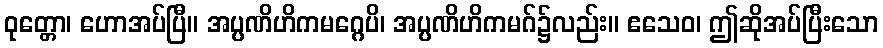
ဝုတ္တော၊ ဟောအပ်ပြီ။ အပ္ပဏိဟိကမဂ္ဂေပိ၊ အပ္ပဏိဟိကမဂ်၌လည်း။ ဧသေဝ၊ ဤဆိုအပ်ပြီးသော